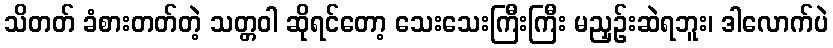
သိတတ် ခံစားတတ်တဲ့ သတ္တဝါ ဆိုရင်တော့ သေးသေးကြီးကြီး မညှဉ်းဆဲရဘူး၊ ဒါလောက်ပဲ